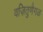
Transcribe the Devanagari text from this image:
वज़ितुणैगळ